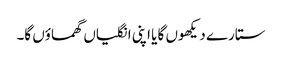
ستارے دیکھوں گا یا اپنی انگلیاں گھماؤں گا۔